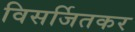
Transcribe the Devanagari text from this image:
विसर्जितकर